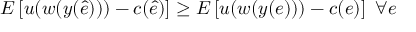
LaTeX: E \left[ u ( w ( y ( { \hat { e } } ) ) ) - c ( { \hat { e } } ) \right] \geq E \left[ u ( w ( y ( e ) ) ) - c ( e ) \right] \ \forall e